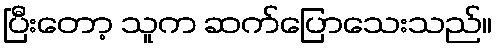
ပြီးတော့ သူက ဆက်ပြောသေးသည်။